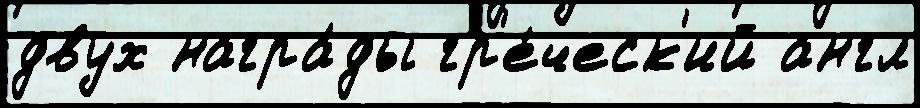
двух награ́ды гр'е́ческ'ий англ